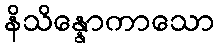
နိသိန္နောကာသော